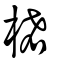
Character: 𣒅